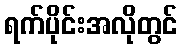
ရက်ပိုင်းအလိုတွင်